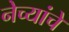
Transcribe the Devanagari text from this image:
नेच्यांचे